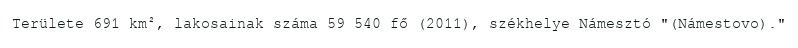
Területe 691 km², lakosainak száma 59 540 fő (2011), székhelye Námesztó "(Námestovo)."